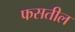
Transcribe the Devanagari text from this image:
फसतील